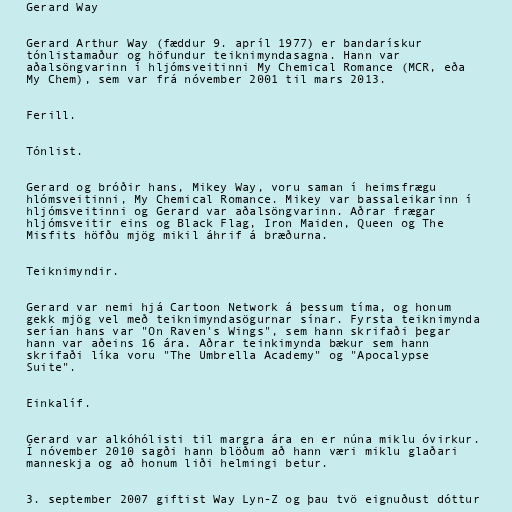
Gerard Way

Gerard Arthur Way (fæddur 9. apríl 1977) er bandarískur
tónlistamaður og höfundur teiknimyndasagna. Hann var
aðalsöngvarinn í hljómsveitinni My Chemical Romance (MCR, eða
My Chem), sem var frá nóvember 2001 til mars 2013.

Ferill.

Tónlist.

Gerard og bróðir hans, Mikey Way, voru saman í heimsfrægu
hlómsveitinni, My Chemical Romance. Mikey var bassaleikarinn í
hljómsveitinni og Gerard var aðalsöngvarinn. Aðrar frægar
hljómsveitir eins og Black Flag, Iron Maiden, Queen og The
Misfits höfðu mjög mikil áhrif á bræðurna.

Teiknimyndir.

Gerard var nemi hjá Cartoon Network á þessum tíma, og honum
gekk mjög vel með teiknimyndasögurnar sínar. Fyrsta teiknimynda
serían hans var "On Raven's Wings", sem hann skrifaði þegar
hann var aðeins 16 ára. Aðrar teinkimynda bækur sem hann
skrifaði líka voru "The Umbrella Academy" og "Apocalypse
Suite".

Einkalíf.

Gerard var alkóhólisti til margra ára en er núna miklu óvirkur.
Í nóvember 2010 sagði hann blöðum að hann væri miklu glaðari
manneskja og að honum liði helmingi betur.

3. september 2007 giftist Way Lyn-Z og þau tvö eignuðust dóttur